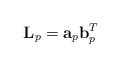
\begin{align*}{\bf L} _p = {\bf a}_p {\bf b}_p ^T\end{align*}